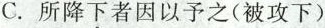
C.所降下者因以予之(被攻下)